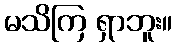
မသိကြ ရှာဘူး။